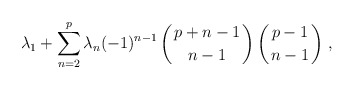
\begin{align*}\lambda_1+\sum_{n=2}^p\lambda_n(-1)^{n-1}\left({p+n-1\atop n-1}\right)\left({p-1\atop n-1}\right)\,,\end{align*}